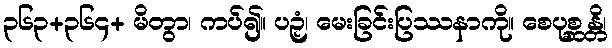
၃၆၃+၃၆၄+ မိတွာ၊ ကပ်၍။ ပဉှံ၊ မေးခြင်းပြဿနာကို။ စေပုစ္ဆန္တိ၊